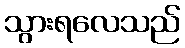
သွားရလေသည်